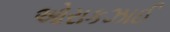
ઓરાકઝાઈ